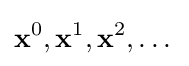
\mathbf {x} ^{0},\mathbf {x} ^{1},\mathbf {x} ^{2},\dots